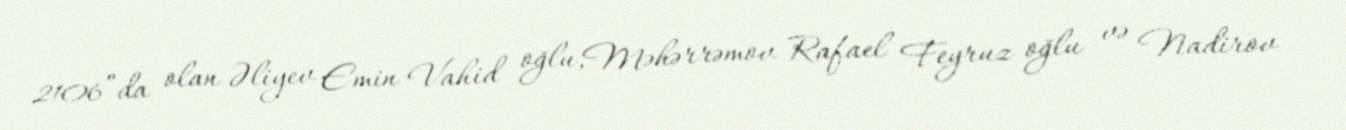
2106”da olan Əliyev Emin Vahid oğlu,Məhərrəmov Rafael Feyruz oğlu və Nadirov